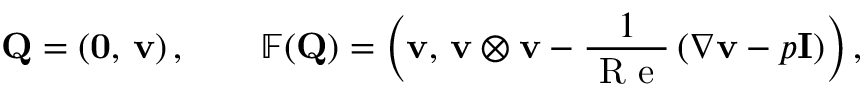
\mathbf { Q } = \left( \mathbf { 0 } , \, \mathbf { v } \right) , \qquad \mathbb { F } ( \mathbf { Q } ) = \left( \mathbf { v } , \, \mathbf { v } \otimes \mathbf { v } - \frac 1 { \mathrm { ~ R ~ e ~ } } \left( \nabla \mathbf { v } - p \mathbf { I } \right) \right) ,